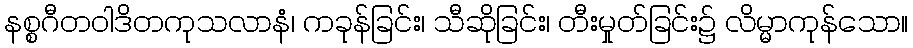
နစ္စဂီတဝါဒိတကုသလာနံ၊ ကခုန်ခြင်း၊ သီဆိုခြင်း၊ တီးမှုတ်ခြင်း၌ လိမ္မာကုန်သော။